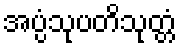
အပ္ပံသုပတိသုတ္တံ